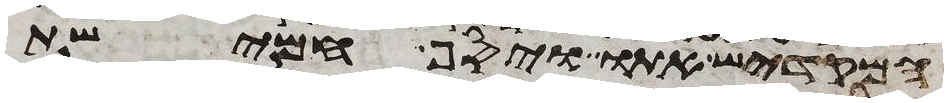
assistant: המקדיש אתו ויסף חמישת